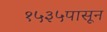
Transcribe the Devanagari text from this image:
१५३५पासून